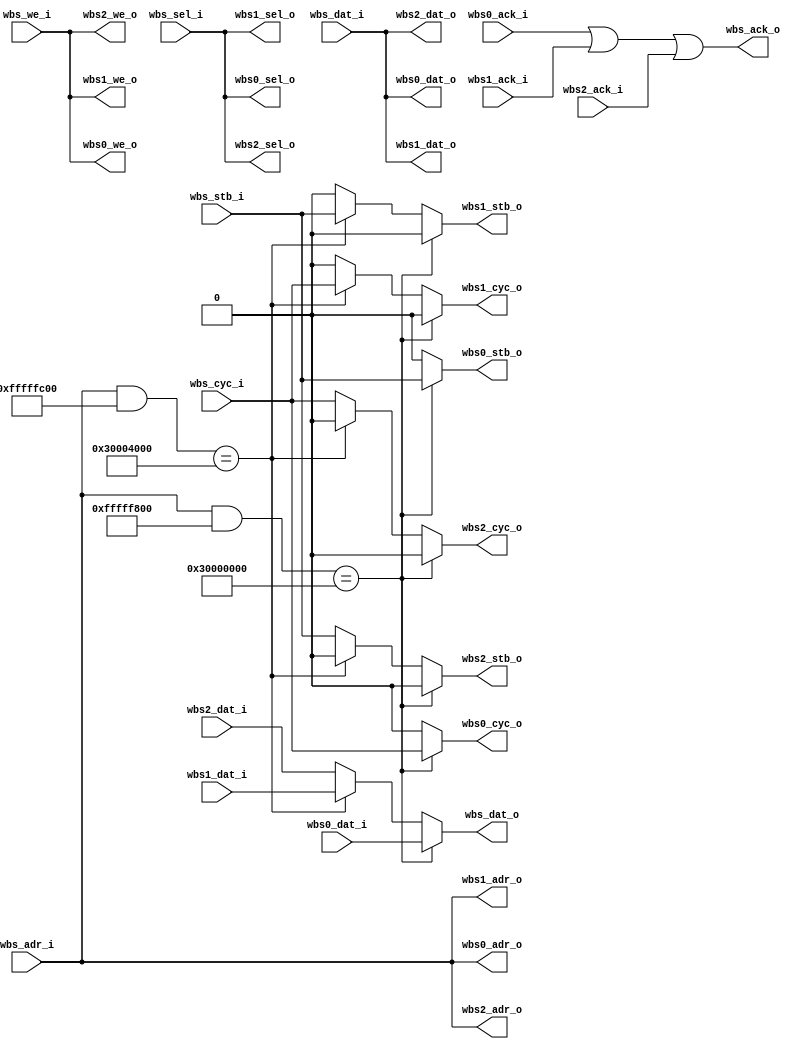
////////////////////////////////////////////////////////////////////////////////                                          
// SPDX-FileCopyrightText: 2022, Jure Vreca                                   //                                          
//                                                                            //                                          
// Licenseunder the Apache License, Version 2.0(the "License");               //                                          
// you maynot use this file except in compliance with the License.            //                                           
// You may obtain a copy of the License at                                    //                                          
//                                                                            //                                          
//      http://www.apache.org/licenses/LICENSE-2.0                            //                                          
//                                                                            //                                          
// Unless required by applicable law or agreed to in writing, software        //                                          
// distributed under the License is distributed on an "AS IS" BASIS,          //                                          
// WITHOUT WARRANTIES OR CONDITIONS OF ANY KIND, either express or implied.   //                                          
// See the License for the specific language governing permissions and        //                                          
// limitations under the License.                                             //                                          
// SPDX-License-Identifier: Apache-2.0                                        //                                          
// SPDX-FileContributor: Jure Vreca <jurevreca12@gmail.com>                   //                                          
////////////////////////////////////////////////////////////////////////////////      
////////////////////////////////////////////////////////////////////////////////
//                                                                            //
//                                                                            //
//                                                                            //
// Design Name:    wishbone_mux                                               //
// Project Name:   rvj1-caravel-soc                                           //
// Language:       Verilog                                                    //
//                                                                            //
// Description:    Muxes the wishbone interfaces to instr ram, data ram, and  //
//                 the other wishbone slaves.                                 //
//                                                                            //
////////////////////////////////////////////////////////////////////////////////

module wishbone_mux #(
    parameter BASE_ADDR_0  = 32'h3000_0000,
    parameter ADDR_WIDTH_0 = 11,
    parameter BASE_ADDR_1  = 32'h3000_4000,
    parameter ADDR_WIDTH_1 = 10
)
(
`ifdef USE_POWER_PINS
    inout vccd1,	// User area 1 1.8V supply
    inout vssd1,	// User area 1 digital ground
`endif
    // Input wishbone comming from the master
    input             wbs_stb_i,
    input             wbs_cyc_i,
    input             wbs_we_i,
    input      [3:0]  wbs_sel_i,
    input      [31:0] wbs_dat_i,
    input      [31:0] wbs_adr_i,
    output reg        wbs_ack_o,
    output reg [31:0] wbs_dat_o,

    // Wishbone output 0
    output reg        wbs0_stb_o,
    output reg        wbs0_cyc_o,
    output reg        wbs0_we_o,
    output reg [3:0]  wbs0_sel_o,
    output reg [31:0] wbs0_dat_o,
    output reg [31:0] wbs0_adr_o,
    input             wbs0_ack_i,
    input      [31:0] wbs0_dat_i,

    // Wishbone output 1
    output reg        wbs1_stb_o,
    output reg        wbs1_cyc_o,
    output reg        wbs1_we_o,
    output reg [3:0]  wbs1_sel_o,
    output reg [31:0] wbs1_dat_o,
    output reg [31:0] wbs1_adr_o,
    input             wbs1_ack_i,
    input      [31:0] wbs1_dat_i,

    // Wishbone output 2
    output reg        wbs2_stb_o,
    output reg        wbs2_cyc_o,
    output reg        wbs2_we_o,
    output reg [3:0]  wbs2_sel_o,
    output reg [31:0] wbs2_dat_o,
    output reg [31:0] wbs2_adr_o,
    input             wbs2_ack_i,
    input      [31:0] wbs2_dat_i
);
    localparam ADDR_LO_MASK_0 = (1 << ADDR_WIDTH_0) - 1;
    localparam ADDR_HI_MASK_0 = 32'hffff_ffff - ADDR_LO_MASK_0; 

    localparam ADDR_LO_MASK_1 = (1 << ADDR_WIDTH_1) - 1;
    localparam ADDR_HI_MASK_1 = 32'hffff_ffff - ADDR_LO_MASK_1;


    always @(*) begin
		wbs_ack_o = wbs0_ack_i | wbs1_ack_i | wbs2_ack_i;
		wbs_dat_o = 0;
        wbs0_stb_o = 0;
        wbs0_cyc_o = 0;
        wbs0_we_o  = wbs_we_i;
        wbs0_sel_o = wbs_sel_i;
        wbs0_dat_o = wbs_dat_i;
        wbs0_adr_o = wbs_adr_i;
        wbs1_stb_o = 0;
        wbs1_cyc_o = 0;
        wbs1_we_o  = wbs_we_i;
        wbs1_sel_o = wbs_sel_i;
        wbs1_dat_o = wbs_dat_i;
        wbs1_adr_o = wbs_adr_i;
        wbs2_stb_o = 0;
        wbs2_cyc_o = 0;
        wbs2_we_o  = wbs_we_i;
        wbs2_sel_o = wbs_sel_i;
        wbs2_dat_o = wbs_dat_i;
        wbs2_adr_o = wbs_adr_i;
        if ((wbs_adr_i & ADDR_HI_MASK_0) == BASE_ADDR_0) begin
        	wbs0_stb_o = wbs_stb_i;
        	wbs0_cyc_o = wbs_cyc_i;
          	wbs_dat_o = wbs0_dat_i;
        end
        else if ((wbs_adr_i & ADDR_HI_MASK_1) == BASE_ADDR_1) begin
        	wbs1_stb_o = wbs_stb_i;
        	wbs1_cyc_o = wbs_cyc_i;
          	wbs_dat_o = wbs1_dat_i;
        end
        else begin
        	wbs2_stb_o = wbs_stb_i;
        	wbs2_cyc_o = wbs_cyc_i;
          	wbs_dat_o = wbs2_dat_i;
        end
    end 

endmodule